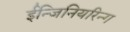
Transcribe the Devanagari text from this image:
ईन्जिनियरिन्ग